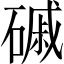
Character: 磩